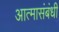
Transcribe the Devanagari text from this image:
आत्मासंबंधी